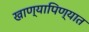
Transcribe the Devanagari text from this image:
खाण्यापिण्यात